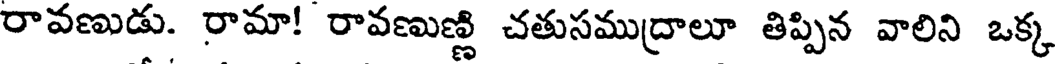
రావణుడు. రామా! రావణుణ్ణి చతుసముద్రాలూ తిప్పిన వాలిని ఒక్క